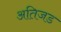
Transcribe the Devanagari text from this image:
अतिजड